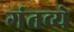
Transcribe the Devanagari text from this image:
गंतव्ये